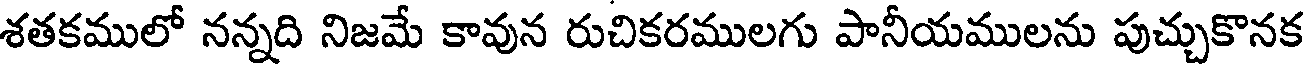
శతకములో నన్నది నిజమే కావున రుచికరములగు పానీయములను పుచ్చుకొనక